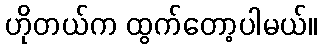
ဟိုတယ်က ထွက်တော့ပါမယ်။